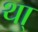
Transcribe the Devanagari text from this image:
था्